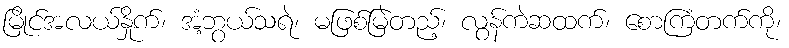
မြိုင်အလယ်နှိုက်၊ အံ့ဘွယ်သရဲ၊ မဖြစ်မြဲတည့်၊ လွန်ကဲဆထက်၊ စောကြံတက်ကို၊